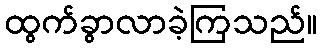
ထွက်ခွာလာခဲ့ကြသည်။